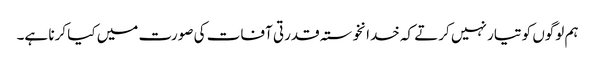
ہم لوگوں کو تیار نہیں کرتے کہ خدانخوستہ قدرتی آفات کی صورت میں کیا کرنا ہے۔